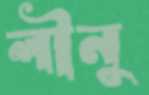
লীনু